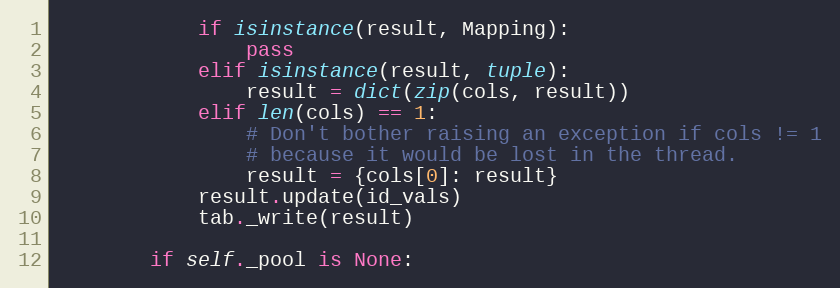
Language: Python
            if isinstance(result, Mapping):
                pass
            elif isinstance(result, tuple):
                result = dict(zip(cols, result))
            elif len(cols) == 1:
                # Don't bother raising an exception if cols != 1
                # because it would be lost in the thread.
                result = {cols[0]: result}
            result.update(id_vals)
            tab._write(result)

        if self._pool is None: